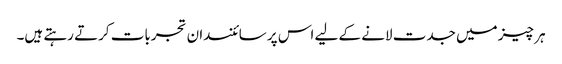
ہر چیز میں جدت لانے کے لیے اس پر سائنسدان تجربات کرتے رہتے ہیں۔